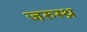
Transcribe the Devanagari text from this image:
जरुस्थ्र